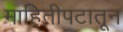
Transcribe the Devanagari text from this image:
माहितीपटातून